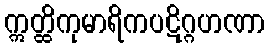
ဣတ္ထိကုမာရိကပဋိဂ္ဂဟဏာ